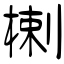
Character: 楋